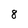
Character: 8